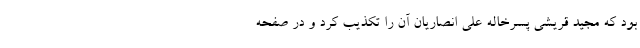
بود که مجید قریشی پسرخاله علی انصاریان آن را تکذیب کرد و در صفحه